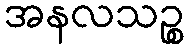
အနလသဉ္စ